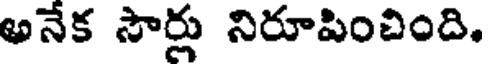
అనేక సౌర్లు నిరూపించింది.